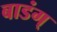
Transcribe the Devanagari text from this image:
बाडंग्